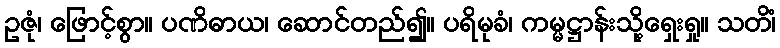
ဥဇုံ၊ ဖြောင့်စွာ။ ပဏိဓာယ၊ ဆောင်တည်၍။ ပရိမုခံ၊ ကမ္မဋ္ဌာန်းသို့ရှေးရှု။ သတိံ၊